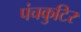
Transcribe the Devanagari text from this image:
पंचकुटिर